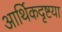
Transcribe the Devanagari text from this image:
आर्थिकदृष्टया